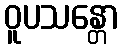
ဝူပသန္တော